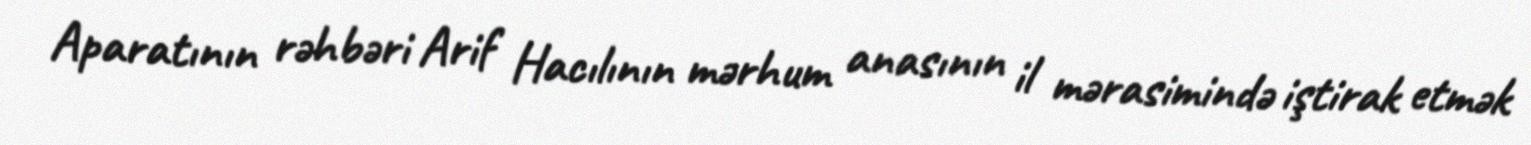
Aparatının rəhbəri Arif Hacılının mərhum anasının il mərasimində iştirak etmək